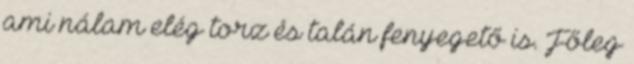
ami nálam elég torz és talán fenyegető is. Főleg